Report on sanitation, dispensaries, and jails in Rajputana for 1917, and on vaccination for the year 1917-1918 - 1917-1918
Year: 1917
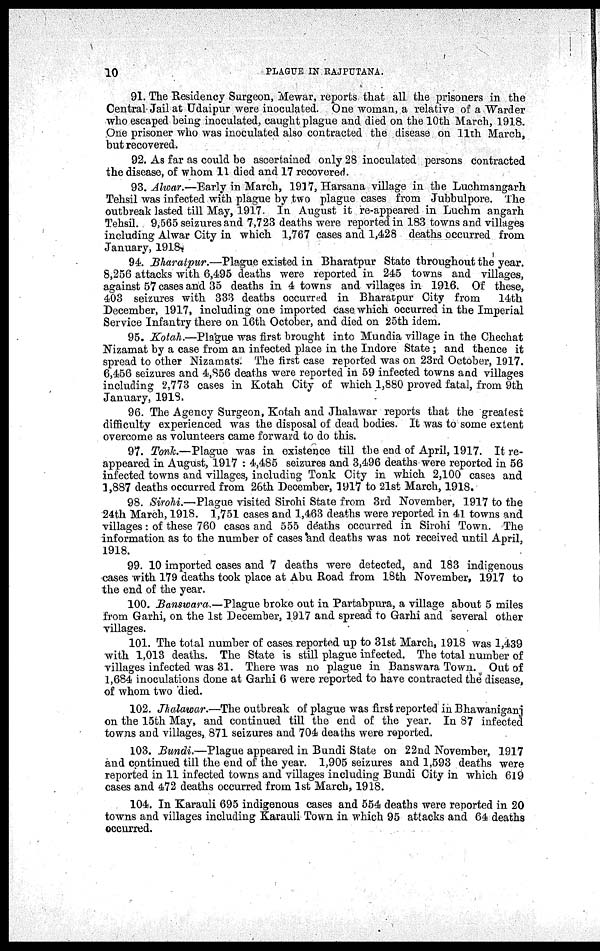
10
PLAGUE IN RAJPUTANA.
91. The Residency Surgeon, Mewar, reports that all the prisoners in the
Central-Jail at Udaipur were inoculated. One woman, a relative of a "Warder
who escaped being inoculated, caught plague and died on the 10th March, 1918.
One prisoner who was inoculated also contracted the disease on 11th March,
but recovered.
92. As far as could be ascertained only 28 inoculated persons contracted
the disease, of whom 11 died and 17 recovered.
93. Alwar.—Early in March, 1917, Harsana village in the Luchmangarh
Tehsil was infected with plague by two plague cases from Jubbulpore. The
outbreak lasted till May, 1917. In August it re-appeared in Luchm angarh
Tehsil. 9,565 seizures and 7,723 deaths were reported in 183 towns and villages
including Alwar City in which 1,767 cases and 1,428 deaths occurred from
January, 1918.
94. Bharatpur.—Plague existed in Bharatpur State throughout the year.
8,256 attacks with 6,495 deaths were reported in 245 towns and villages,
against 57 cases and 35 deaths in 4 towns and villages in 1916. Of these,
403 seizures with 333 deaths occurred in Bharatpur City from
14th
December, 1917, including one imported case which occurred in the Imperial
Service Infantry there on 16th October, and died on 25th idem.
95. Kotah.—Plague was first brought into Mundia village in the Chechat
Nizamat by a case from an infected place in the Indore State; and thence it
spread to other Nizamats. The first case reported was on 23rd October, 1917.
6,456 seizures and 4,856 deaths were reported in 59 infected towns and villages
including 2,773 cases in Kotah City of which 1,880 proved fatal, from 9th
January, 1918.
96. The Agency Surgeon, Kotah and Jhalawar reports that the greatest
difficulty experienced was the disposal of dead bodies. It was to some extent
overcome as volunteers came forward to do this.
97. Tonk.—Plague was in existence till the end of April, 1917. It re-
appeared in August, 1917 : 4,485 seizures and 3,496 deaths were reported in 56
infected towns and villages, including Tonk City in which 2,100 cases and
1,887 deaths occurred from 26th December, 1917 to 21st March, 1918.
98. Sirohi.—Plague visited Sirohi State from 3rd November, 1917 to the
24th March, 1918. 1,751 cases and 1,463 deaths were reported in 41 towns and
villages: of these 760 cases and 555 deaths occurred in Sirohi Town. The
information as to the number of cases and deaths was not received until April,
1918.
99. 10 imported cases and 7 deaths were detected, and 183 indigenous
cases with 179 deaths took place at Abu Road from 18th November, 1917 to
the end of the year.
100. Banswara.—Plague broke out in Partabpura, a village about 5 miles
from Garhi, on the 1st December, 1917 and spread to Garhi and several other
villages.
101. The total number of cases reported up to 31st March, 1918 was 1,439
with 1,013 deaths. The State is still plague infected. The total number of
villages infected was 31. There was no plague in Banswara Town. Out of
1,684 inoculations done at Garhi 6 were reported to have contracted the disease,
of whom two died.
102. Jhalawar.—The outbreak of plague was first reported in Bhawaniganj
on the 15th May, and continued till the end of the year. In 87 infected
towns and villages, 871 seizures and 704 deaths were reported.
103. Bundi.—Plague appeared in Bundi State on 22nd November, 1917
and continued till the end of the year. 1,905 seizures and 1,593 deaths were
reported in 11 infected towns and villages including Bundi City in which 619
cases and 472 deaths occurred from 1st March, 1918.
104. In Karauli 695 indigenous cases and 554 deaths were reported in 20
towns and villages including Karauli Town in which 95 attacks and 64 deaths
occurred.